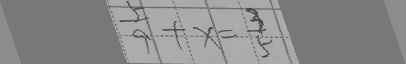
\frac { 5 } { 9 } + x = \frac { 3 } { 5 }